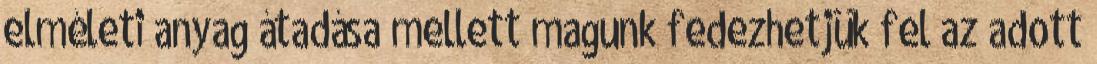
elméleti anyag átadása mellett magunk fedezhetjük fel az adott